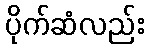
ပိုက်ဆံလည်း